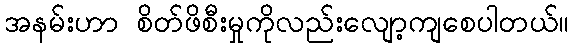
အနမ်းဟာ စိတ်ဖိစီးမှုကိုလည်းလျော့ကျစေပါတယ်။